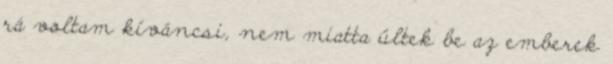
rá voltam kíváncsi, nem miatta ültek be az emberek